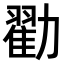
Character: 𫦼